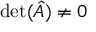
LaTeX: \operatorname* { d e t } ( { \hat { A } } ) \neq 0